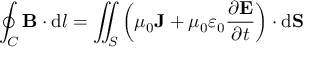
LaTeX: \oint _ { C } \mathbf { B } \cdot \mathrm { d } { \boldsymbol { l } } = \iint _ { S } \left( \mu _ { 0 } \mathbf { J } + \mu _ { 0 } \varepsilon _ { 0 } { \frac { \partial \mathbf { E } } { \partial t } } \right) \cdot \mathrm { d } \mathbf { S }